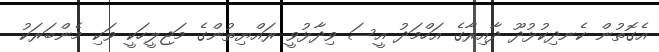
އެގޮތުން ކެނދިކުޅުދޫ ދާއިރާގެ އަހްމަދު އީސަ ވިދާޅުވީ ރައްޔިތުންގެ މަޖިލީހަކީ ވަކި މެންބަރަކު